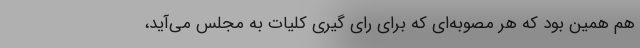
هم همین بود که هر مصوبه‌ای که برای رای گیری کلیات به مجلس می‌آید،